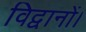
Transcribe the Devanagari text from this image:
विद्वानों।